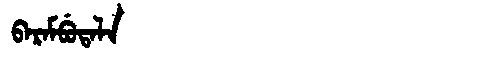
Manchu: ᠪᠠᡵᠠᠮᠪᡠᡨᠠᠯᠠ
Romanization: BARAMBUTALA